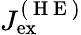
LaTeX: J_{\mathrm{ex}}^{(\mathrm{~H~E~})}